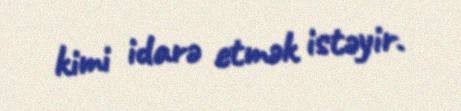
kimi idarə etmək istəyir.